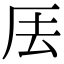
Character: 𠩂